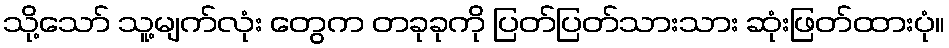
သို့သော် သူ့မျက်လုံး တွေက တခုခုကို ပြတ်ပြတ်သားသား ဆုံးဖြတ်ထားပုံ။